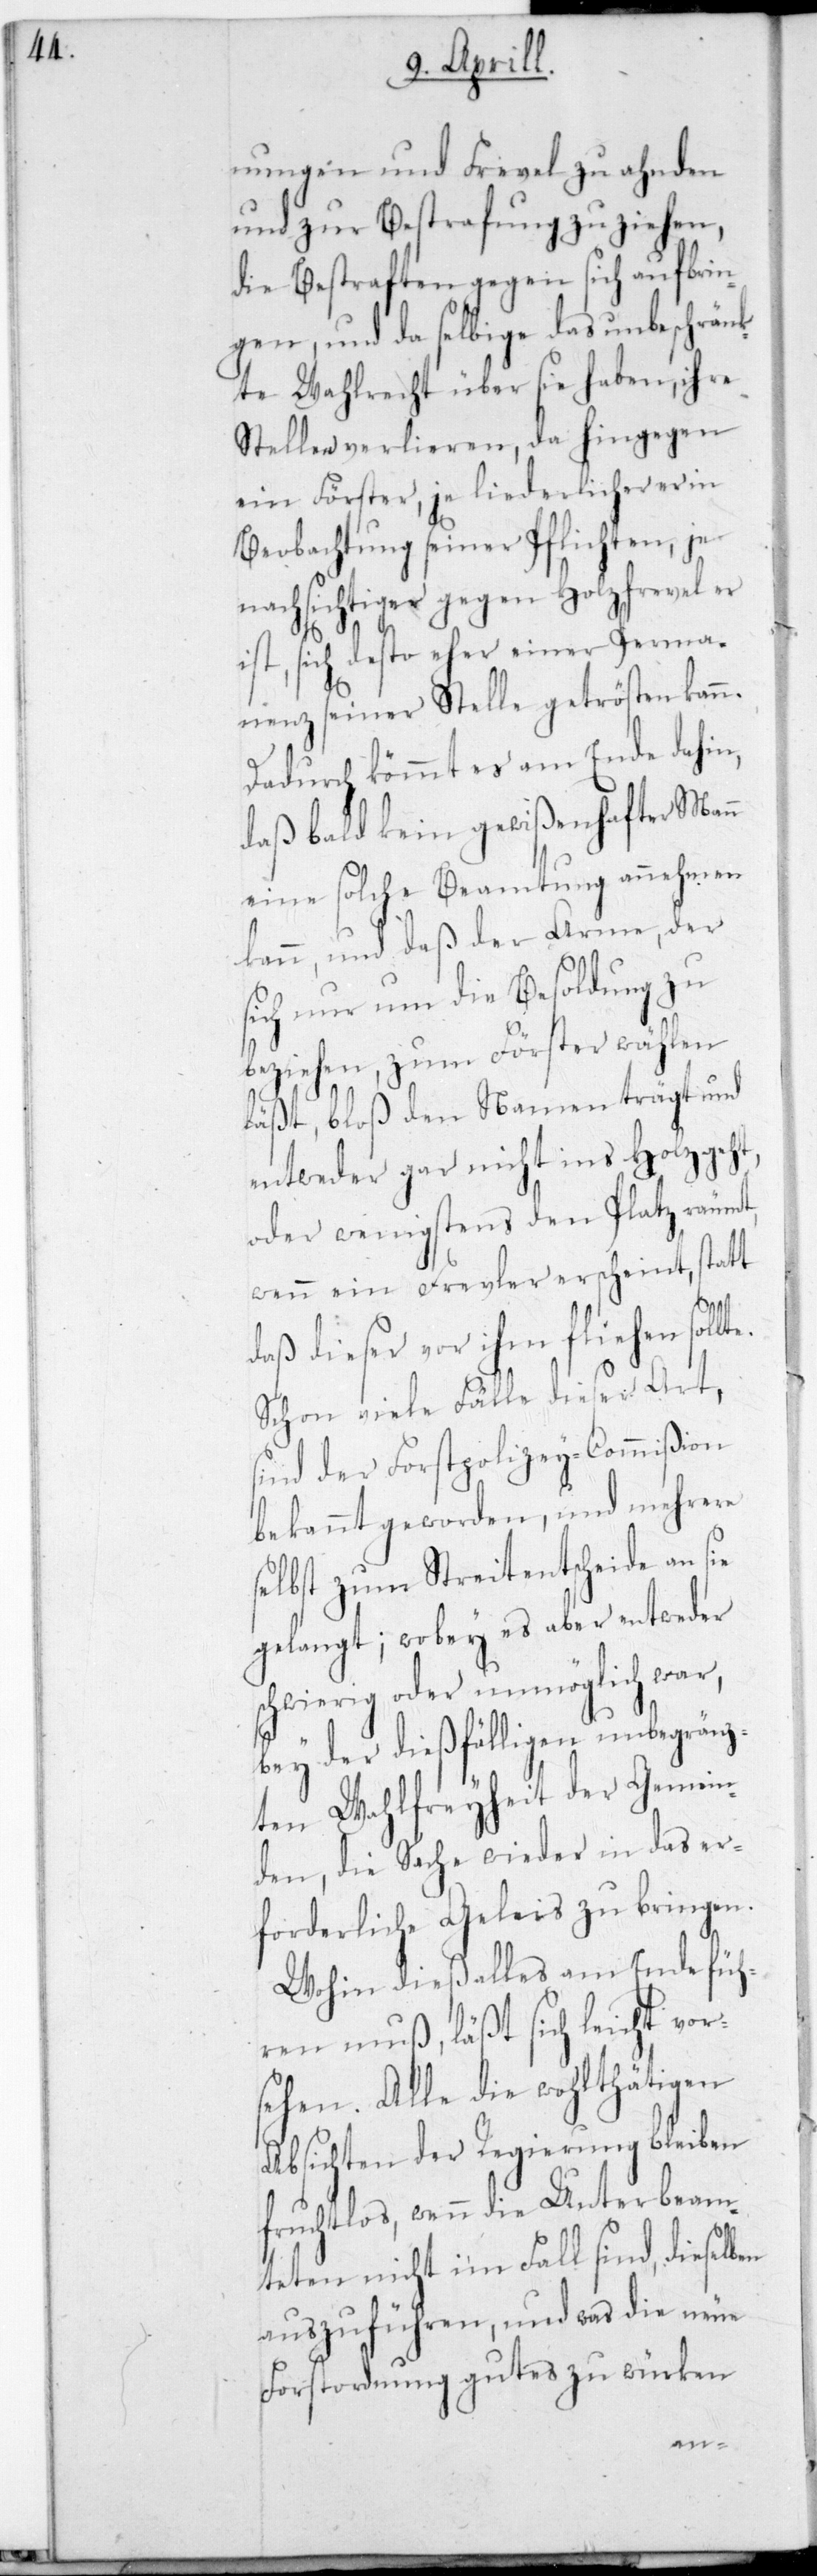
nungen und Frevel zu ahnden
und zur Bestrafung zu ziehen,
die Bestraften gegen sich aufbrin¬
gen, und da selbige das unbeschränk¬
te Wahlrecht über sie haben, ihre
Stellen verlieren, da hingegen
ein Förster, je liederlicherer in
Beobachtung seiner Pflichten, je
nachsichtiger gegen Holzfrevel er
ist, sich desto eher einer Perma¬
nenz seiner Stelle getrösten kann.
Dadurch kömmt es am Ende dahin,
daß bald kein gewißenhafter Mann
eine solche Beamtung annehmen
kann, und daß der Arme, der
sich nur um die Besoldung zu
beziehen, zum Förster wählen
läßt, bloß den Namen trägt und
entweder gar nicht ins Holz geht,
oder wenigstens den Platz räumt,
wenn ein Frevler erscheint, statt
daß dieser vor ihm fliehen sollt¬
Schon viele Fälle dieser Art,
sind der Forstpolizey-Commißion
bekannt geworden, und mehrere
selbst zum Streitentscheide an sie
gelangt; wobey es aber entweder
chwierig oder unmöglich war,
bey der dießfälligen unbegrenz¬
ten Wahlfreyheit der Gemein¬
den, die Sache wieder in das er¬
forderliche Geleis zu bringen.
Wohin dies alles am Ende füh¬
ren muß, läßt sich leicht vor¬
sehen. Alle die wohlthätigen
Absichten der Regierung bleiben
fruchtlos, wenn die Unterbeam¬
teten nicht im Fall sind, dieselb¬
auszuführen, und was die neue
Forstordnung gutes zu würken
en